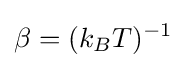
\beta =(k_{B}T)^{-1}